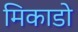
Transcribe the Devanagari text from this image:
मिकाडो